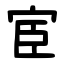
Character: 宦